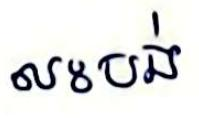
លះបង់